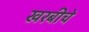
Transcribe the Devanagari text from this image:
खरबीचे